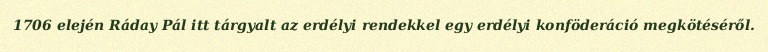
1706 elején Ráday Pál itt tárgyalt az erdélyi rendekkel egy erdélyi konföderáció megkötéséről.